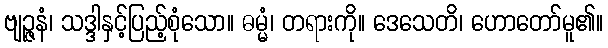
ဗျဉ္ဇနံ၊ သဒ္ဒါနှင့်ပြည့်စုံသော။ ဓမ္မံ၊ တရားကို။ ဒေသေတိ၊ ဟောတော်မူ၏။